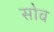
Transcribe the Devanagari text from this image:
सोव